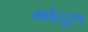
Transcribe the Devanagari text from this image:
मांदूस